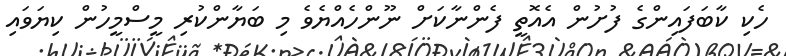
ހެކި ކާބަފައިންގެ ފުށުން އެއޮތީ ފެންނާކަށް ނޫންހެއްޔެވެ މި ބަޔާންކުރި މީސްމީހުން ކިޔަވައި